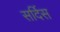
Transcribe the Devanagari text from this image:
सर्दिस